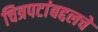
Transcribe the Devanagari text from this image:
चित्रपटांबद्दलचे